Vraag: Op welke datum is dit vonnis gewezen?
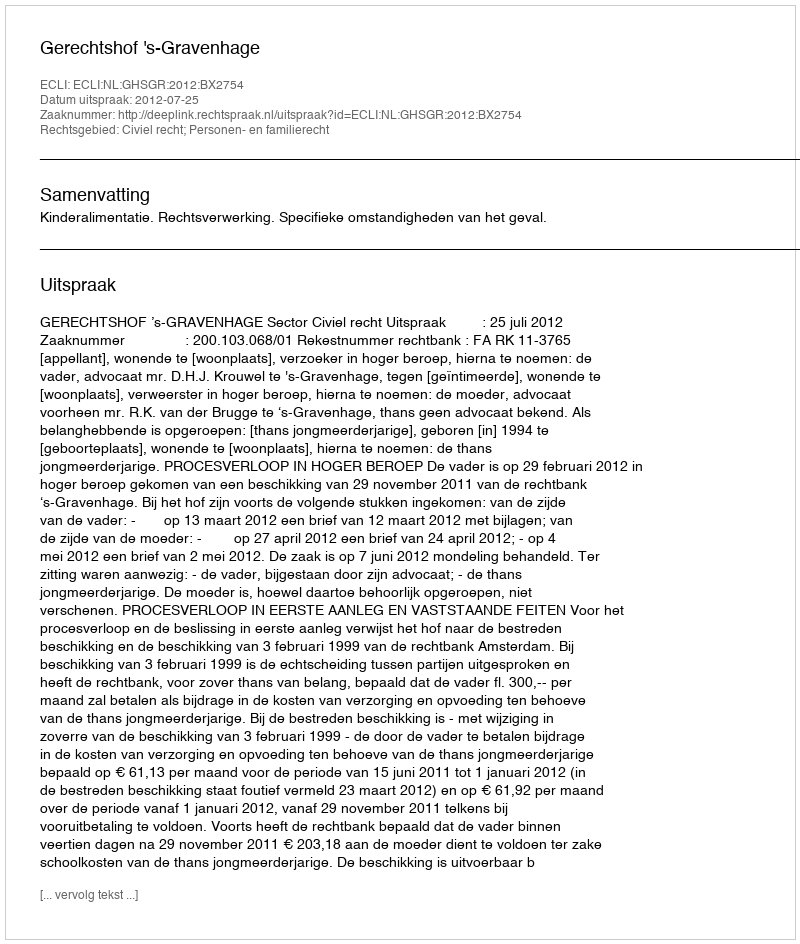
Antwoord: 2012-07-25